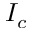
I _ { c }